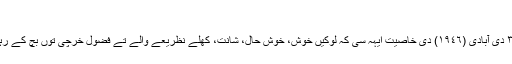
کار ویہار
کوئی ٣،٠٠٠ دی آبادی (١٩٤٦) دی خاصیت ایہہ سی کہ لوکیں خوش، خوش حال، شانت، کُھلے نظریعے والے تے فضول خرچی توں بچ کے رہن والے سن۔